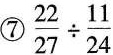
⑦$$\frac { 2 2 } { 2 7 } \div \frac { 1 1 } { 2 4 }$$